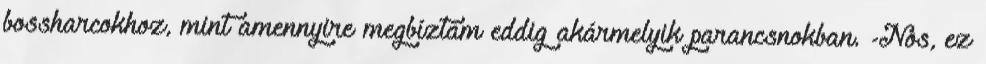
bossharcokhoz, mint amennyire megbíztam eddig akármelyik parancsnokban. -Nos, ez